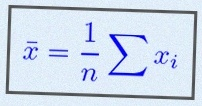
\bar{x}=\frac1n\sum x_i